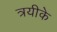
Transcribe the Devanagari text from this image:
त्रयीके